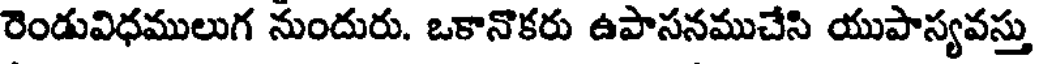
రెండువిధములుగ నుందురు. ఒకానొకరు ఉపాసనముచేసి యుపాస్యవస్తు